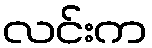
လင်းက